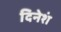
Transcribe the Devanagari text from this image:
दिनेशं